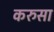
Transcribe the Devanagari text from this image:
करुसा